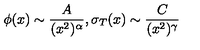
\phi ( x ) \sim \frac { A } { ( x ^ { 2 } ) ^ { \alpha } } , \sigma _ { T } ( x ) \sim \frac { C } { ( x ^ { 2 } ) ^ { \gamma } }